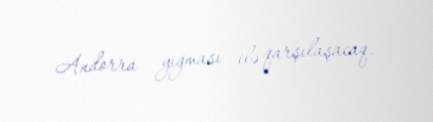
Andorra yığması ilə qarşılaşacaq.